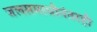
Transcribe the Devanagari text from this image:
जलसमाधीनंतरही